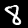
Label: 8